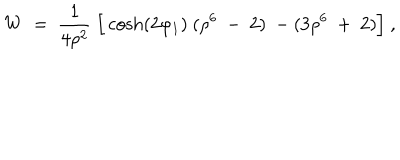
W ~ = ~ { \frac { 1 } { 4 \rho ^ { 2 } } } ~ \Big [ \cosh ( 2 \varphi _ { 1 } ) ~ ( \rho ^ { 6 } ~ - ~ 2 ) ~ - ( 3 \rho ^ { 6 } ~ + ~ 2 ) \Big ] \ ,